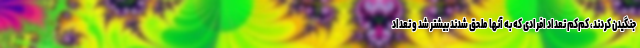
جنگیدن کردند، کم‌کم تعداد افرادی که به آنها ملحق شدند بیشتر شد و تعداد